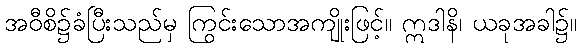
အဝီစိ၌ခံပြီးသည်မှ ကြွင်းသောအကျိုးဖြင့်။ ဣဒါနိ၊ ယခုအခါ၌။